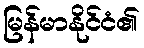
မြန်မာနိုင်ငံ၏